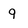
Character: 9